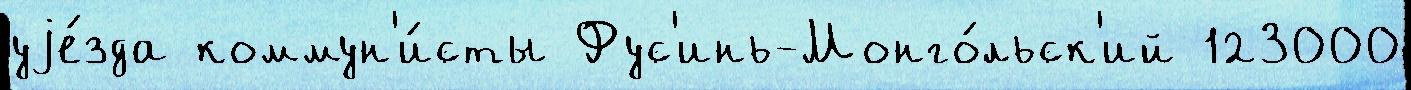
уjе́зда коммун'и́сты Фус'инь-Монго́льск'ий 123000